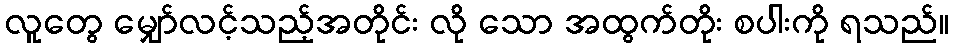
လူတွေ မျှော်လင့်သည့်အတိုင်း လို သော အထွက်တိုး စပါးကို ရသည်။